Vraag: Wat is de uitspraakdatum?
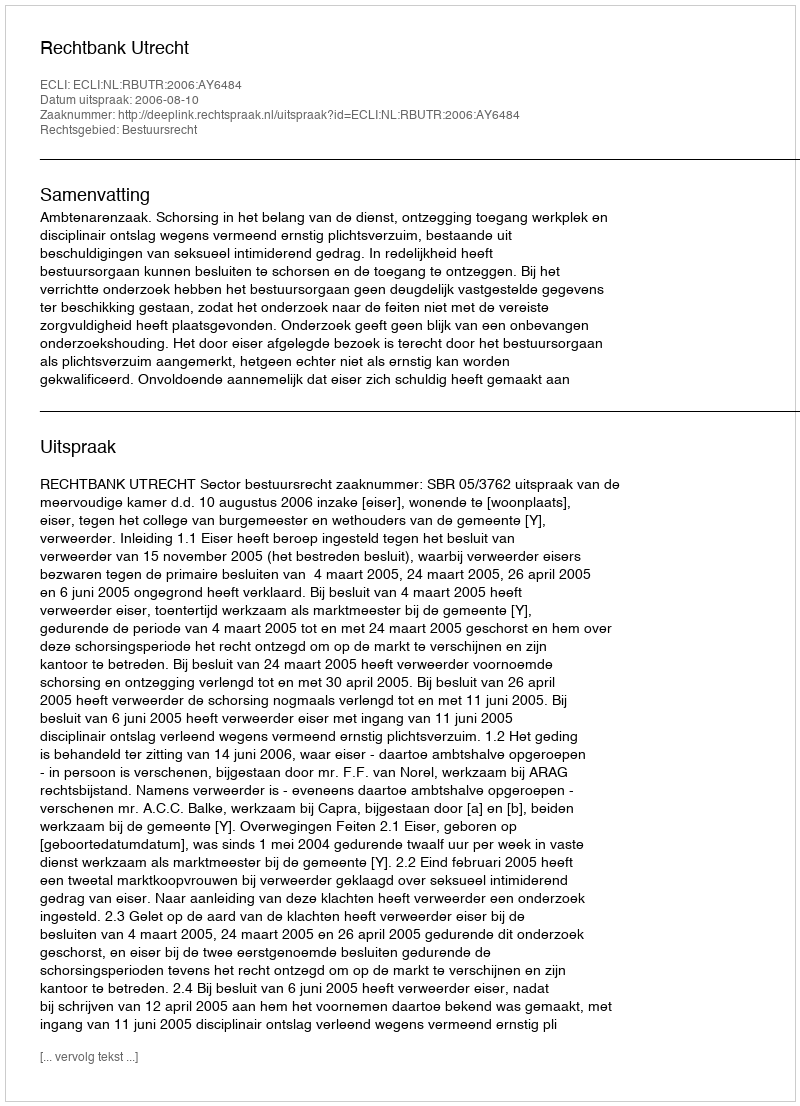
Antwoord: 2006-08-10